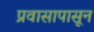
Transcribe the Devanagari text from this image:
प्रवासापासून